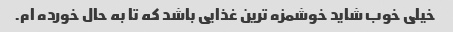
خیلی خوب شاید خوشمزه ترین غذایی باشد که تا به حال خورده ام.